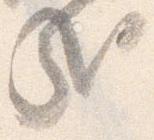
哉